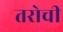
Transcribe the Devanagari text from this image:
तरोची